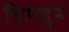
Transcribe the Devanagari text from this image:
चिथवुन